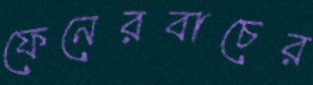
ফেনেরবাচের